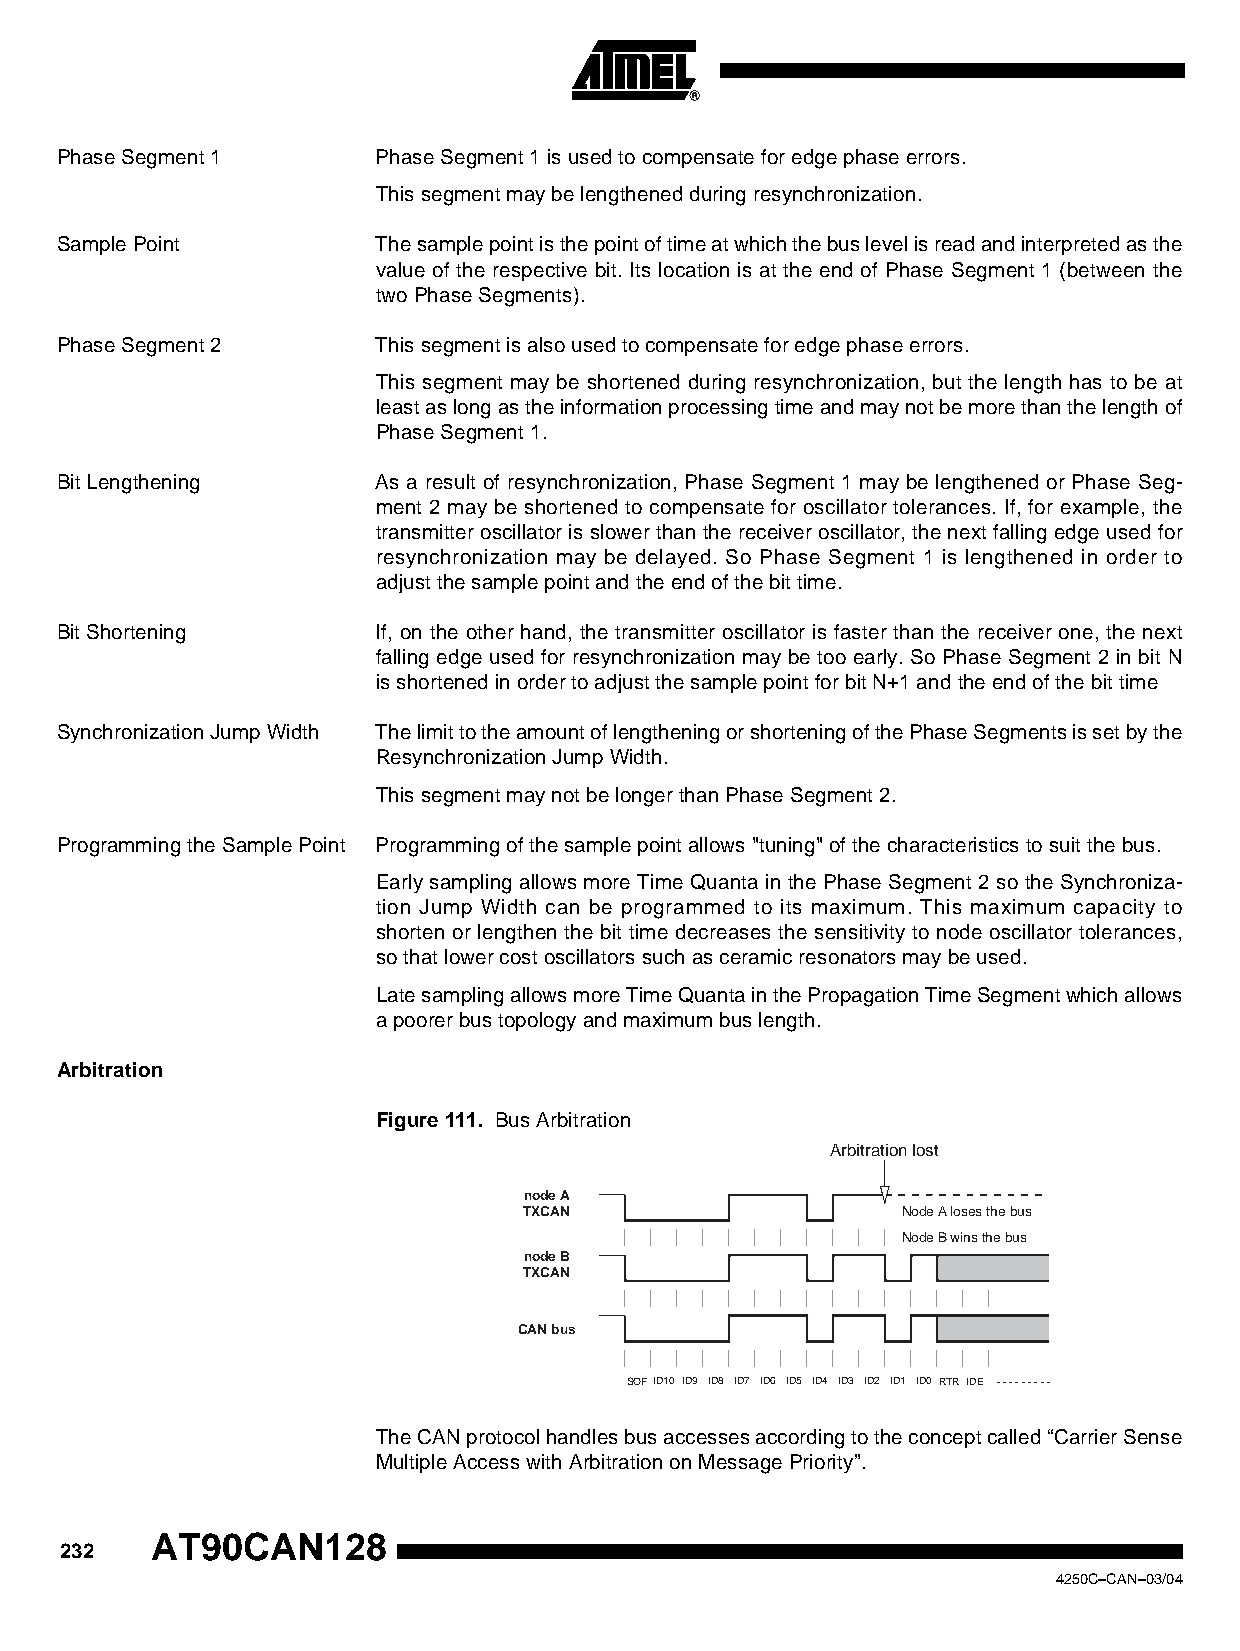
Phase Segment 1      Phase Segment 1 is used to compensate for edge phase errors.
 This segment may be lengthened during resynchronization.
 Sample Point         The sample point is the point of time at which the bus level is read and interpreted as the
 value of the respective bit. Its location is at the end of Phase Segment 1 (between the
 two Phase Segments).
 Phase Segment 2      This segment is also used to compensate for edge phase errors.
 This segment may be shortened during resynchronization, but the length has to be at
 least as long as the information processing time and may not be more than the length of
 Phase Segment 1.
 Bit Lengthening      As a result of resynchronization, Phase Segment 1 may be lengthened or Phase Seg-
 ment 2 may be shortened to compensate for oscillator tolerances. If, for example, the
 transmitter oscillator is slower than the receiver oscillator, the next falling edge used for
 resynchronization may be delayed. So Phase Segment 1 is lengthened in order to
 adjust the sample point and the end of the bit time.
 Bit Shortening       If, on the other hand, the transmitter oscillator is faster than the receiver one, the next
 falling edge used for resynchronization may be too early. So Phase Segment 2 in bit N
 is shortened in order to adjust the sample point for bit N+1 and the end of the bit time
 Synchronization Jump Width The limit to the amount of lengthening or shortening of the Phase Segments is set by the
 Resynchronization Jump Width.
 This segment may not be longer than Phase Segment 2.
 Programming the Sample Point Programming of the sample point allows "tuning" of the characteristics to suit the bus.
 Early sampling allows more Time Quanta in the Phase Segment 2 so the Synchroniza-
 tion Jump Width can be programmed to its maximum. This maximum capacity to
 shorten or lengthen the bit time decreases the sensitivity to node oscillator tolerances,
 so that lower cost oscillators such as ceramic resonators may be used.
 Late sampling allows more Time Quanta in the Propagation Time Segment which allows
 a poorer bus topology and maximum bus length.
 Arbitration
 Figure 111. Bus Arbitration
 Arbitration lost
 node A
 TXCAN                    Node A loses the bus
 Node B wins the bus
 node B
 TXCAN
 CAN bus
 SSOOFFID10 ID9 ID8 ID7 ID6 ID5 ID4 ID3 ID2 ID1 ID0 RTR IDE - - - - - - - - -
 The CAN protocol handles bus accesses according to the concept called “Carrier Sense
 Multiple Access with Arbitration on Message Priority”.
 AT90CAN128
 232
 4250C–CAN–03/04